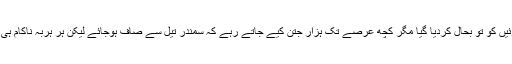
تیل کے کوئیں کو تو بحال کردیا گیا مگر کچھ عرصے تک ہزار جتن کیے جاتے رہے کہ سمندر تیل سے صاف ہوجائے لیکن ہر ہربہ ناکام ہی جا رہا تھا۔